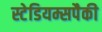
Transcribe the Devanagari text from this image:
स्टेडियम्सपैकी